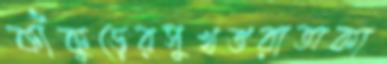
কাঁকুড়েরসুখভরাঅকা